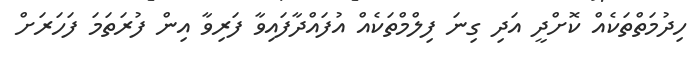
ހިދުމަތްތަކެއް ކޮށްދީ އަދި ގިނަ ފިލްމްތަކެއް އުފައްދާފައިވާ ފަރިވާ އިން ފުރަތަމަ ފަހަރަށް